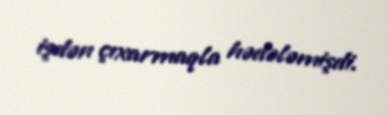
işdən çıxarmaqla hədələmişdi.